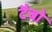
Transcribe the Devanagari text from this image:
टैबो